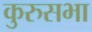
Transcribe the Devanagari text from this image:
कुरुसभा